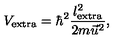
V _ { \mathrm { e x t r a } } = \hbar ^ { 2 } \frac { l _ { \mathrm { e x t r a } } ^ { 2 } } { 2 m \vec { u } ^ { 2 } } ,